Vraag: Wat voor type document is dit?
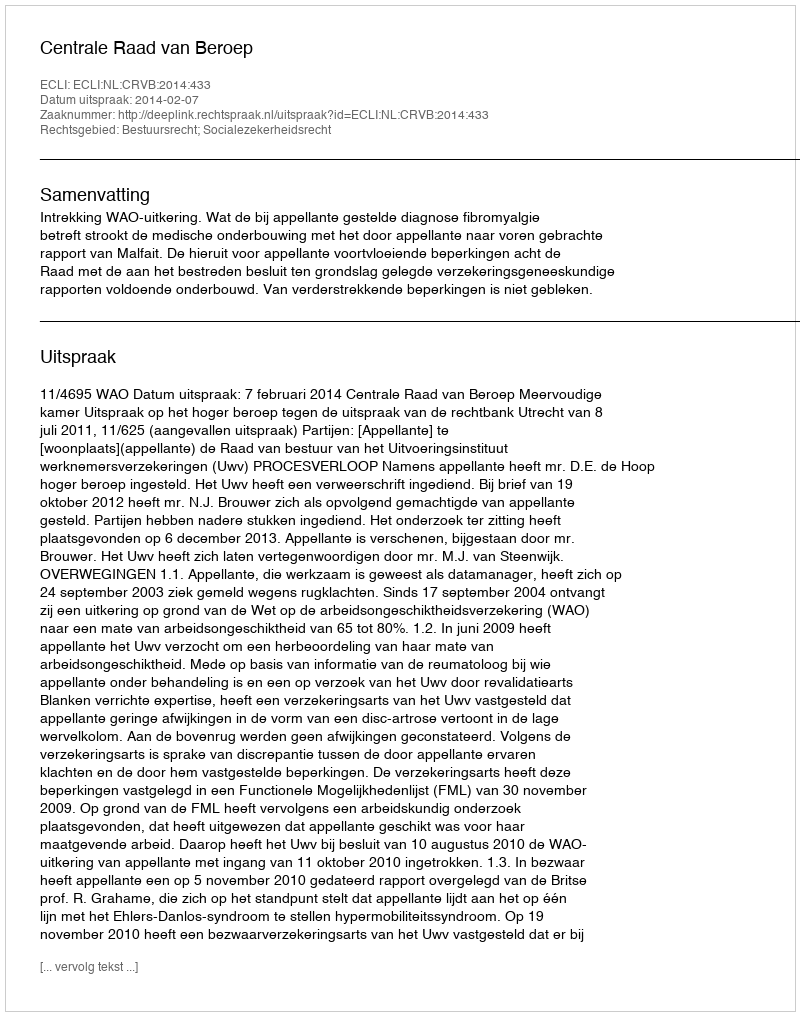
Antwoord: Uitspraak